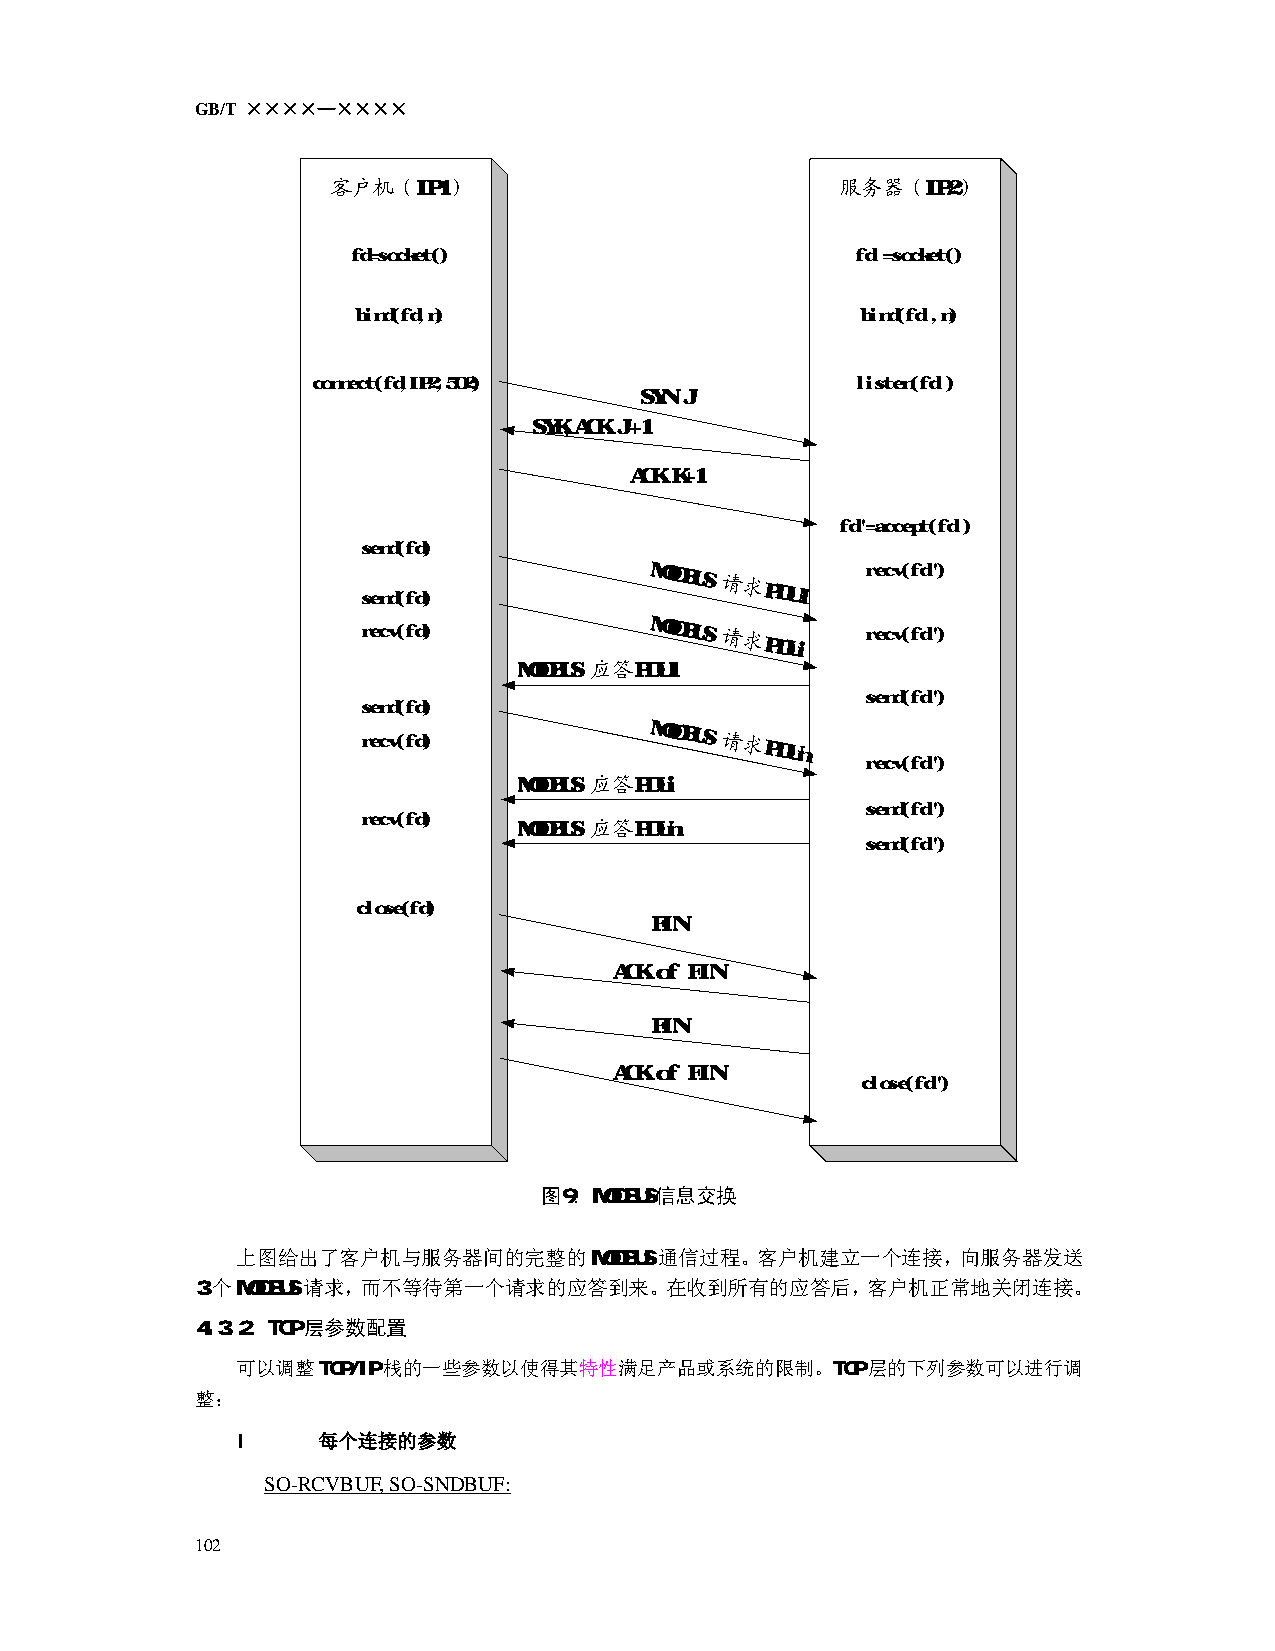
GB/T ××××—××××
 客户机（IP1）                          服务器（IP2）
 fd=socket()                       fd'=socket()
 bind(fd,n)                       bind(fd',n)
 connect(fd,IP2,502)                 listen(fd')
 SYN J
 SYK,ACK J+1
 ACK K+1
 fd"=accept(fd')
 send(fd)
 send(fd)
 MODBUS
 请求PDU1
 recv(fd")
 recv(fd)
 MODBUS
 请求PDUi   recv(fd")
 MODBUS 应答PDU1
 send(fd")
 send(fd)
 recv(fd)
 MODBUS
 请求PDUn
 recv(fd")
 MODBUS 应答PDUi
 send(fd")
 recv(fd)
 MODBUS 应答PDUn
 send(fd")
 close(fd)
 FIN
 ACK of FIN
 FIN
 ACK of FIN
 close(fd")
 图9：MODBUS信息交换
 上图给出了客户机与服务器间的完整的MODBUS通信过程。客户机建立一个连接，向服务器发送
 3个MODBUS请求，而不等待第一个请求的应答到来。在收到所有的应答后，客户机正常地关闭连接。
 4.3.2 TCP层参数配置
 可以调整TCP/IP栈的一些参数以使得其特性满足产品或系统的限制。TCP层的下列参数可以进行调
 整：
 l    每个连接的参数
 SO-RCVBUF, SO-SNDBUF:
 102